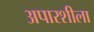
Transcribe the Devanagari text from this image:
अपारशीला